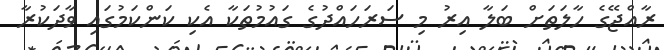
ރާއްޖޭގެ ހާލަތަށް ބަލާ އިރު މި ސަރަހައްދުގެ ގައުމުތަކާ އެކި ކަންކަމުގައި ވާދަކުރާ